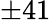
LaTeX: \pm 41